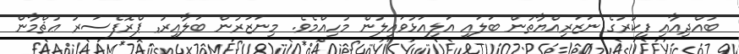
ބުއްދިއާއި ފިކުރުގެ ނަޒަރިއްޔާތުން ބަލައި އަލިއަޅުވައިލުން މުހިއްމެވެ. މިނަޒަރުން ބަލާއިރު